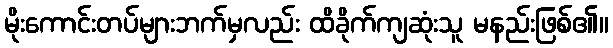
မိုးကောင်းတပ်များဘက်မှလည်း ထိခိုက်ကျဆုံးသူ မနည်းဖြစ်၏။